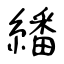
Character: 繙